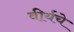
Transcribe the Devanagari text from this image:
वीर्यचे